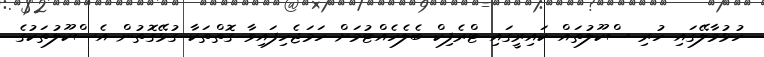
ހުޅުމާލޭގައި ހުރި ސްކޫލުތައް ކައިރީގައި ޓްރެފިކް ބެލެހެއްޓުމަށް ހަމަޖެހިފައިވާ ގޮތްތަކާ ގުޅޭގޮތުން އެސްކޫލުތަކުގެ